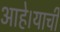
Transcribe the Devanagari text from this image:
आहे।याची